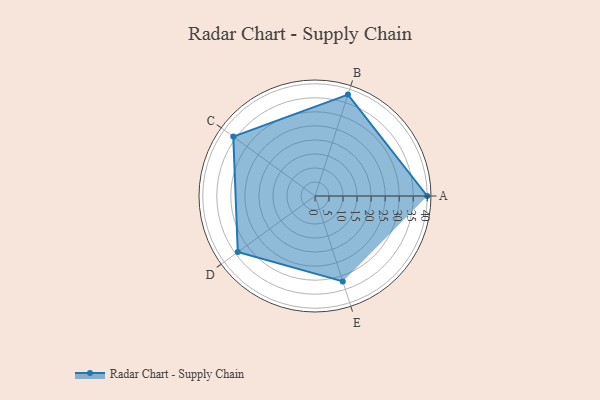
{"axis": {"x": "Skill", "y": "Score"}, "legend": ["Profile"], "data": [{"x": "A", "y": 40.0, "type": "Profile"}, {"x": "B", "y": 38.0, "type": "Profile"}, {"x": "C", "y": 36.0, "type": "Profile"}, {"x": "D", "y": 34.0, "type": "Profile"}, {"x": "E", "y": 32.0, "type": "Profile"}]}